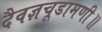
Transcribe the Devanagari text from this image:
दैवज्ञचूडामणी॥